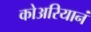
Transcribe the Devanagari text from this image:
कोअरियानं